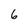
Character: 6